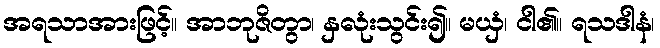
အရသာအားဖြင့်။ အာဘုဇိတွာ၊ နှလုံးသွင်း၍။ မယှံ၊ ငါ၏။ ရသဒါနံ၊